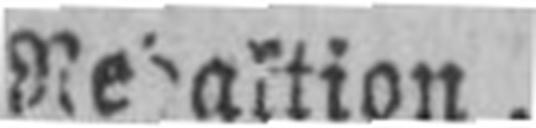
Redaktion